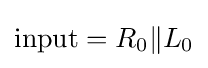
{\rm {input}}=R_{0}\|L_{0}